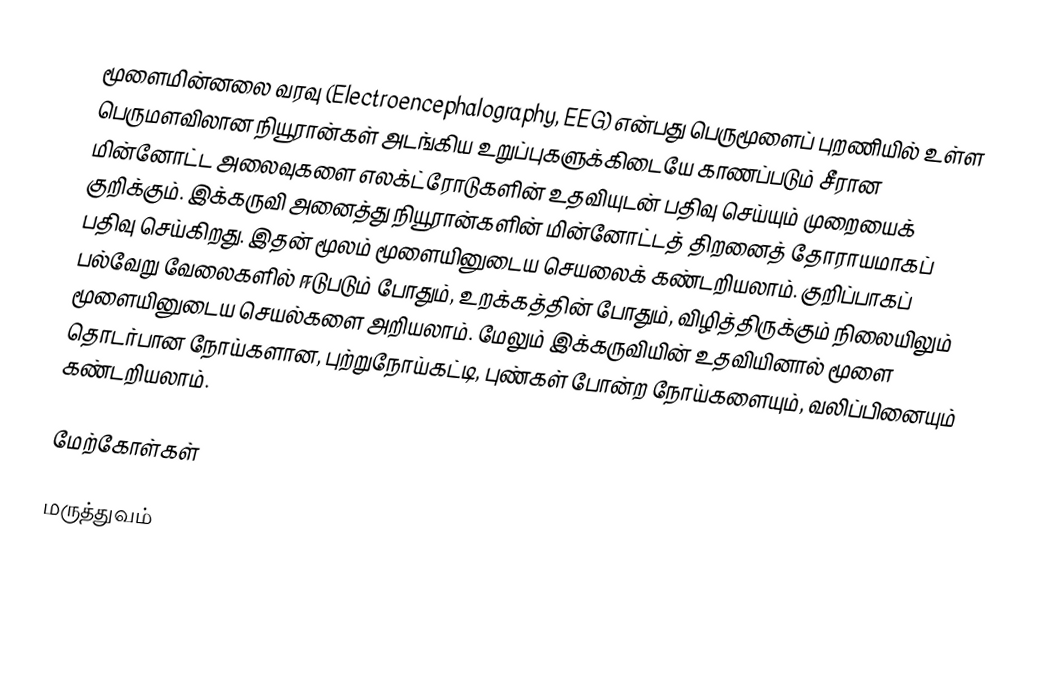
மூளைமின்னலை வரவு (Electroencephalography, EEG) என்பது பெருமூளைப் புறணியில் உள்ள பெருமளவிலான நியூரான்கள் அடங்கிய உறுப்புகளுக்கிடையே காணப்படும் சீரான மின்னோட்ட அலைவுகளை எலக்ட்ரோடுகளின் உதவியுடன் பதிவு செய்யும் முறையைக் குறிக்கும். இக்கருவி அனைத்து நியூரான்களின் மின்னோட்டத் திறனைத் தோராயமாகப் பதிவு செய்கிறது. இதன் மூலம் மூளையினுடைய செயலைக் கண்டறியலாம். குறிப்பாகப் பல்வேறு வேலைகளில் ஈடுபடும் போதும், உறக்கத்தின் போதும், விழித்திருக்கும் நிலையிலும் மூளையினுடைய செயல்களை அறியலாம். மேலும் இக்கருவியின் உதவியினால் மூளை தொடர்பான நோய்களான, புற்றுநோய்கட்டி, புண்கள் போன்ற நோய்களையும், வலிப்பினையும் கண்டறியலாம்.

மேற்கோள்கள்

மருத்துவம்